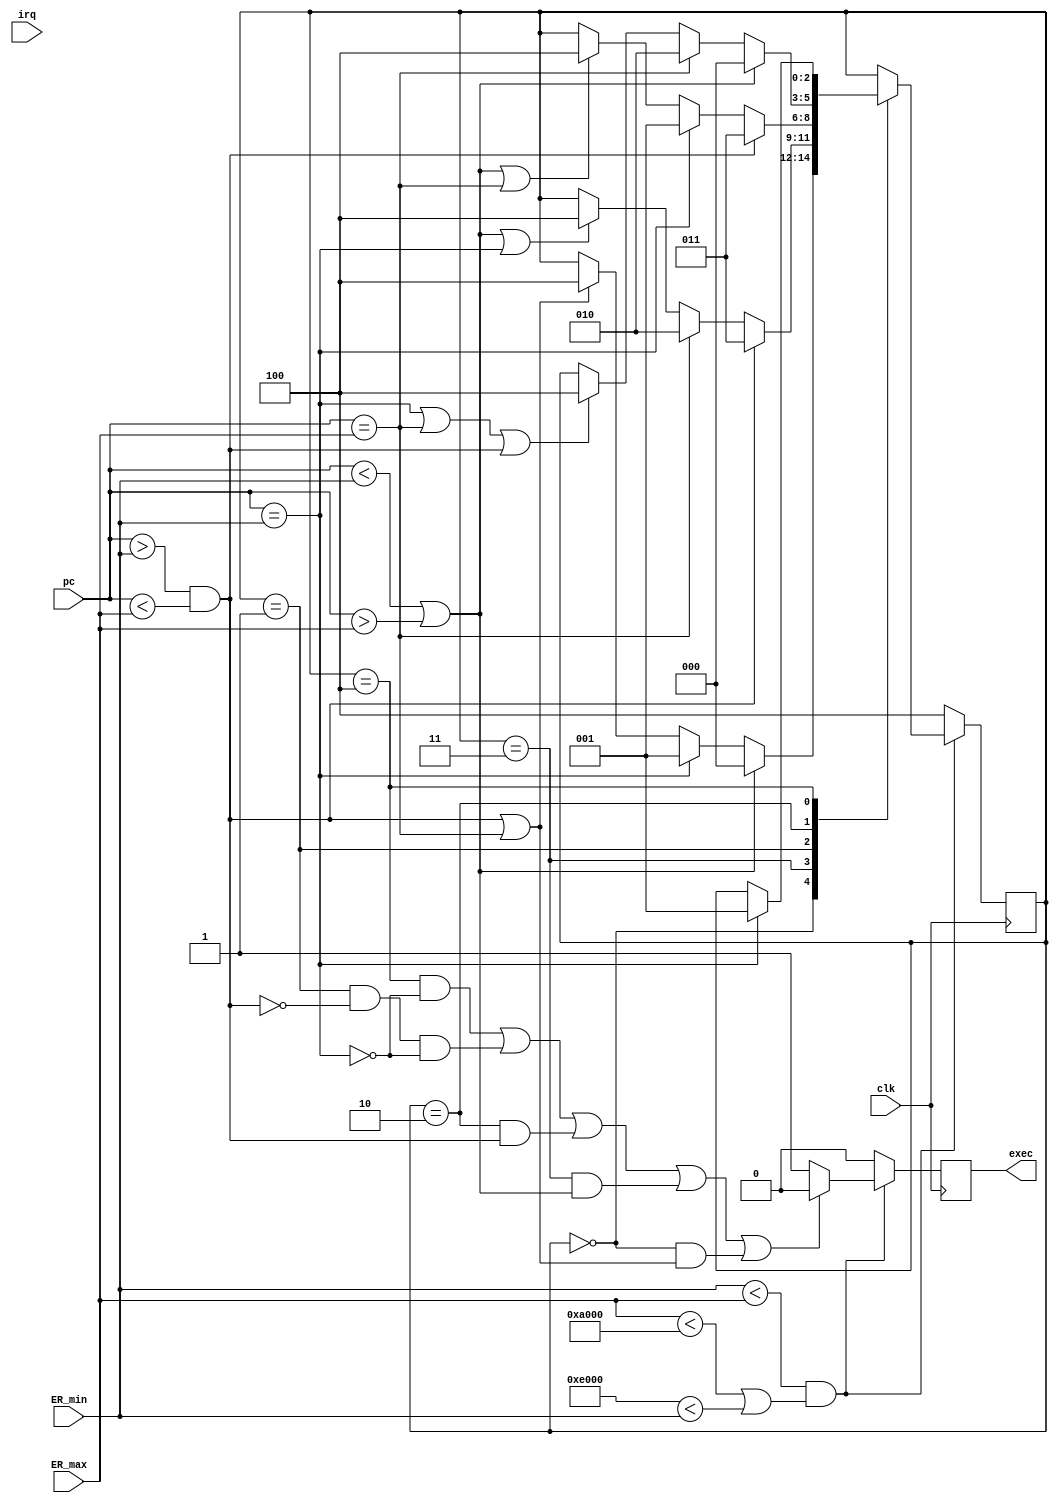

module  VAPE_atomicity (
    clk,    
    pc,     
    ER_min,
    ER_max,
    irq,

    exec   //OUTPUT
);

input		    clk;
input   [15:0]  pc;
input   [15:0]  ER_min;
input   [15:0]  ER_max;
input		irq;
output          exec;

// FSM States //////////////////////////////////////////////////////////
parameter notRC  = 3'b000;
parameter fstRC = 3'b001;
parameter lastRC = 3'b010;
parameter midRC = 3'b011;
parameter kill = 3'b100;
//
parameter SMEM_BASE = 16'hA000;
parameter SMEM_SIZE = 16'h4000;
///////////////////////////////////////////////////////////////////////

wire [15:0] ER_BASE = ER_min;
wire [15:0] LAST_ER_ADDR = ER_max;
/////////////////////////////////////////////////////




reg     [2:0]   pc_state; // 3 bits for 5 states
reg             atomicity_exec;

initial
begin
        pc_state = kill;
        atomicity_exec = 1'b0;
end
	
	
wire not_valid_ER = !(ER_min < ER_max && (ER_max < SMEM_BASE || SMEM_BASE+SMEM_SIZE < ER_min));

wire is_mid_rom = pc > ER_BASE && pc < LAST_ER_ADDR;
wire is_first_rom = pc == ER_BASE;
wire is_last_rom = pc == LAST_ER_ADDR;
wire is_in_rom = is_mid_rom | is_first_rom | is_last_rom;
wire is_outside_rom = pc < ER_BASE | pc > LAST_ER_ADDR;
always @(posedge clk)
begin
    if(not_valid_ER)
        pc_state <= kill;
    else
        begin
        case (pc_state)
            notRC:
                if (is_outside_rom)
                    pc_state <= notRC;
                else if (is_first_rom)
                    pc_state <= fstRC;
                else if (is_mid_rom || is_last_rom)
                    pc_state <= kill;
                else 
                    pc_state <= pc_state;
            
            midRC:
                if (is_mid_rom)
                    pc_state <= midRC;
                else if (is_last_rom)
                    pc_state <= lastRC;
                else if (is_outside_rom || is_first_rom)
                    pc_state <= kill; 
                else
                    pc_state <= pc_state;
                    
            fstRC:
                if (is_mid_rom) 
                    pc_state <= midRC;
                else if (is_first_rom) 
                    pc_state = fstRC;
                else if (is_outside_rom  || is_last_rom) 
                    pc_state <= kill;
                else 
                    pc_state <= pc_state;
                
            lastRC:
                if (is_outside_rom)
                    pc_state <= notRC;
                else if (is_last_rom) 
                    pc_state = lastRC;
                else if (is_first_rom || is_last_rom || is_mid_rom)
                  pc_state <= kill;
                else pc_state <= pc_state;
                    
            kill:
                if (is_first_rom)
                    pc_state <= fstRC;
                else
                    pc_state <= pc_state;
                    
        endcase
        end
end

////////////// OUTPUT LOGIC //////////////////////////////////////
always @(posedge clk)
begin
    if (not_valid_ER)
        atomicity_exec <= 1'b0;
    else if (
	    (pc_state == kill && !is_first_rom) ||
        (pc_state == fstRC && !is_mid_rom && !is_first_rom) ||
        (pc_state == lastRC && is_mid_rom) ||
        (pc_state == midRC && is_outside_rom) ||
        (pc_state == notRC && (is_mid_rom || is_last_rom))
    )begin
            atomicity_exec <= 1'b0;
    end
    else begin
            atomicity_exec <= 1'b1;
    end

end


assign exec = atomicity_exec;

endmodule